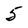
Character: 5